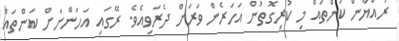
ރައްޔާން ކަންތައް މި ކުރިގޮތުން އަހަރެން ވަރަށް ދެރަވިއެވެ. ރޭގައި އަހަންނަށް ކަންތައް